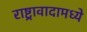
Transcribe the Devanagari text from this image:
राष्ट्रावादामध्ये